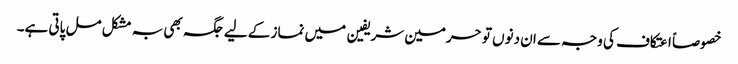
خصوصاً اعتکاف کی وجہ سے ان دنوں تو حرمین شریفین میں نماز کے لیے جگہ بھی بہ مشکل مل پاتی ہے۔